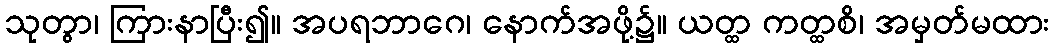
သုတွာ၊ ကြားနာပြီး၍။ အပရဘာဂေ၊ နောက်အဖို့၌။ ယတ္ထ ကတ္ထစိ၊ အမှတ်မထား